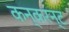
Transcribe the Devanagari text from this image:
कन्करन्ट